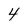
Character: 4